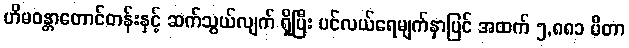
ဟိမဝန္တာတောင်တန်းနှင့် ဆက်သွယ်လျက် ရှိပြီး ပင်လယ်ရေမျက်နှာပြင် အထက် ၅,၈၈၁ မီတာ